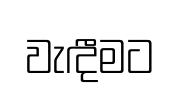
වැඳීමට